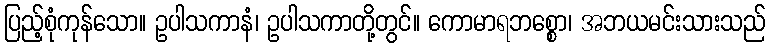
ပြည့်စုံကုန်သော။ ဥပါသကာနံ၊ ဥပါသကာတို့တွင်။ ကောမာရဘစ္စော၊ အဘယမင်းသားသည်